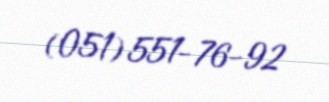
(051) 551-76-92